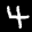
Label: 4